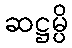
ဆဋ္ဌမ္ပိ